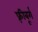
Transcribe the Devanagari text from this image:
फ़्रीबूर्ग